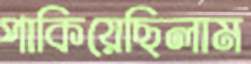
পাকিয়েছিলাম